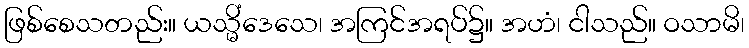
ဖြစ်စေသတည်း။ ယသ္မိံဒေသေ၊ အကြင်အရပ်၌။ အဟံ၊ ငါသည်။ ဝသာမိ၊